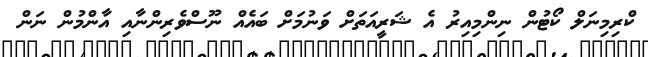
ކްރިމިނަލް ކޯޓުން ނިންމިއިރު އެ ޝަރީއަތަށް ވަނުމަށް ބައެެއް ނޫސްވެރިންނާއި އާންމުން ނަން